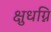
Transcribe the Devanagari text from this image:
क्षुधग्नि